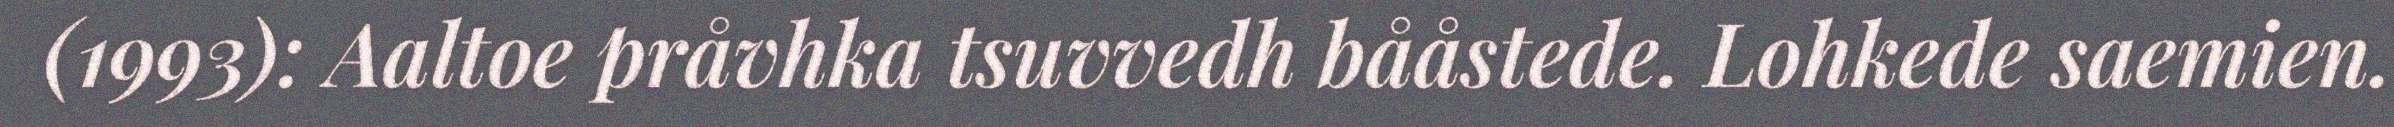
(1993): Aaltoe pråvhka tsuvvedh bååstede. Lohkede saemien.